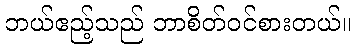
ဘယ်ဧည့်သည် ဘာစိတ်ဝင်စားတယ်။